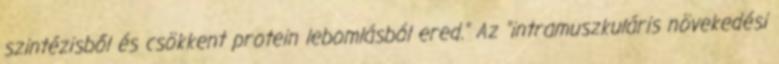
szintézisből és csökkent protein lebomlásból ered." Az "intramuszkuláris növekedési